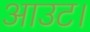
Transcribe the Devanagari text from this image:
आउट।